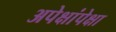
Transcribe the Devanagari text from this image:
अपेक्षांपेक्षा